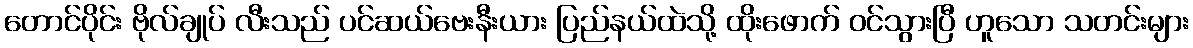
တောင်ပိုင်း ဗိုလ်ချုပ် လီးသည် ပင်ဆယ်ဗေးနီးယား ပြည်နယ်ထဲသို့ ထိုးဖောက် ဝင်သွားပြီ ဟူသော သတင်းများ